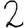
Digit: 2